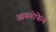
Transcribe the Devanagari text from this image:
आयनोफेन